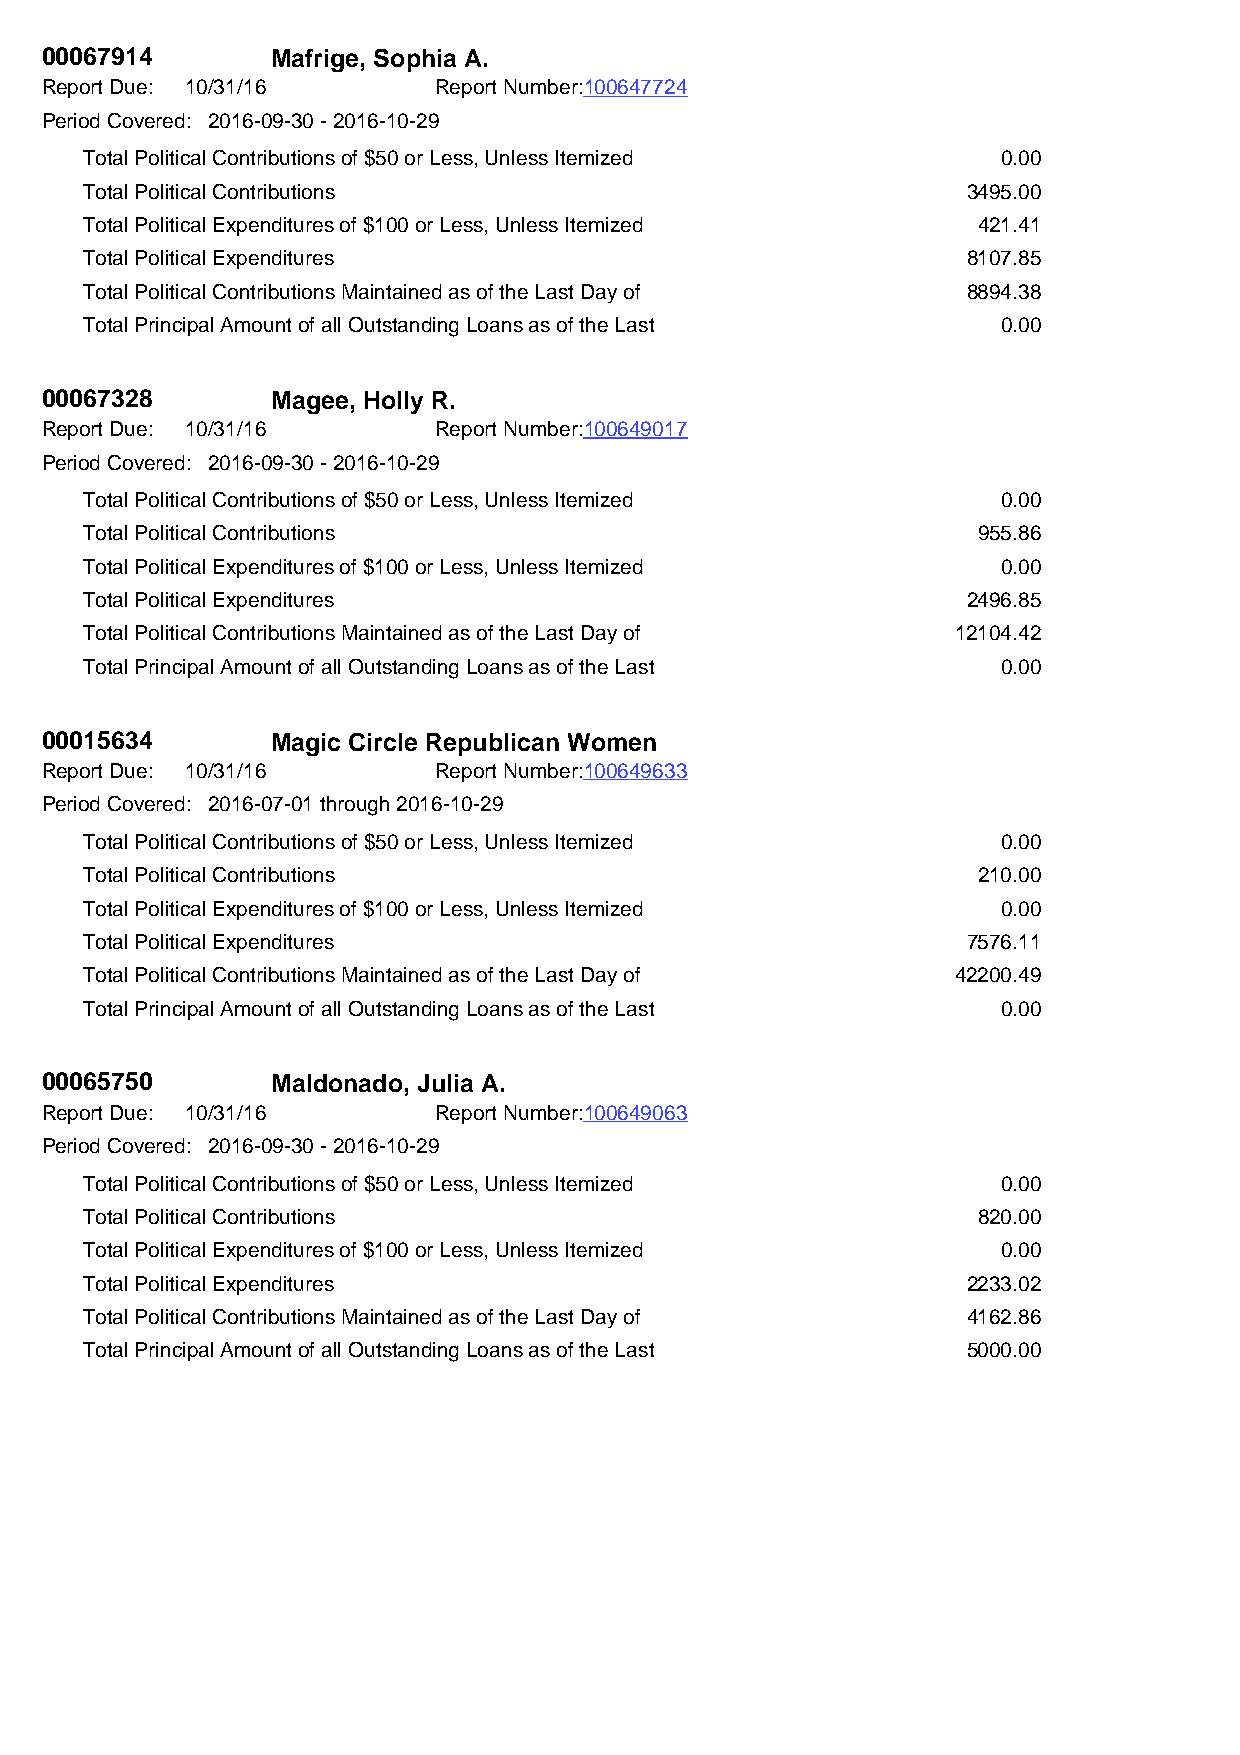
00067914       Mafrige, Sophia A.
 Report Due: 10/31/16      Report Number:100647724
 Period Covered: 2016-09-30 - 2016-10-29
 Total Political Contributions of $50 or Less, Unless Itemized 0.00
 Total Political Contributions                             3495.00
 Total Political Expenditures of $100 or Less, Unless Itemized 421.41
 Total Political Expenditures                              8107.85
 Total Political Contributions Maintained as of the Last Day of 8894.38
 Total Principal Amount of all Outstanding Loans as of the Last 0.00
 00067328       Magee, Holly R.
 Report Due: 10/31/16      Report Number:100649017
 Period Covered: 2016-09-30 - 2016-10-29
 Total Political Contributions of $50 or Less, Unless Itemized 0.00
 Total Political Contributions                              955.86
 Total Political Expenditures of $100 or Less, Unless Itemized 0.00
 Total Political Expenditures                              2496.85
 Total Political Contributions Maintained as of the Last Day of 12104.42
 Total Principal Amount of all Outstanding Loans as of the Last 0.00
 00015634       Magic Circle Republican Women
 Report Due: 10/31/16      Report Number:100649633
 Period Covered: 2016-07-01 through 2016-10-29
 Total Political Contributions of $50 or Less, Unless Itemized 0.00
 Total Political Contributions                              210.00
 Total Political Expenditures of $100 or Less, Unless Itemized 0.00
 Total Political Expenditures                              7576.11
 Total Political Contributions Maintained as of the Last Day of 42200.49
 Total Principal Amount of all Outstanding Loans as of the Last 0.00
 00065750       Maldonado, Julia A.
 Report Due: 10/31/16      Report Number:100649063
 Period Covered: 2016-09-30 - 2016-10-29
 Total Political Contributions of $50 or Less, Unless Itemized 0.00
 Total Political Contributions                              820.00
 Total Political Expenditures of $100 or Less, Unless Itemized 0.00
 Total Political Expenditures                              2233.02
 Total Political Contributions Maintained as of the Last Day of 4162.86
 Total Principal Amount of all Outstanding Loans as of the Last 5000.00